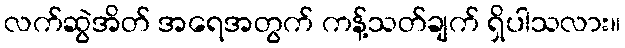
လက်ဆွဲအိတ် အရေအတွက် ကန့်သတ်ချက် ရှိပါသလား။